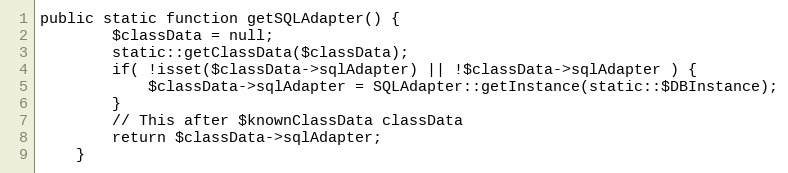
Language: PHP
public static function getSQLAdapter() {
		$classData = null;
		static::getClassData($classData);
		if( !isset($classData->sqlAdapter) || !$classData->sqlAdapter ) {
			$classData->sqlAdapter = SQLAdapter::getInstance(static::$DBInstance);
		}
		// This after $knownClassData classData
		return $classData->sqlAdapter;
	}